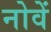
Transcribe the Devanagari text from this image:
नोवें